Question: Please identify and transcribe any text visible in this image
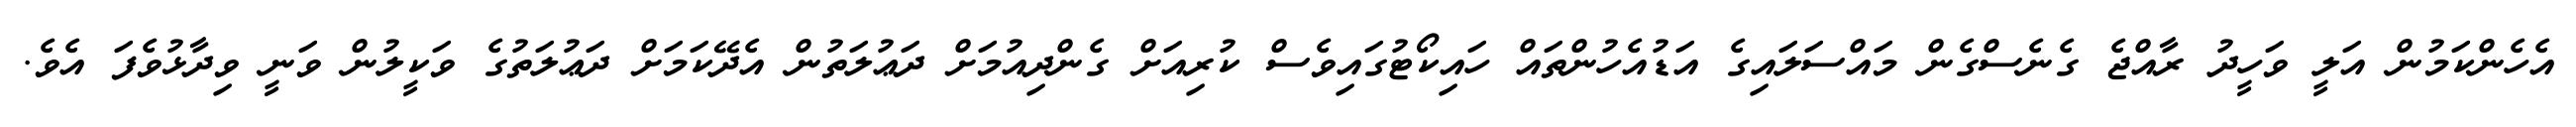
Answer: އެހެންކަމުން އަލީ ވަހީދު ރާއްޖެ ގެނެސްގެން މައްސަލައިގެ އަޑުއެހުންތައް ހައިކޯޓުގައިވެސް ކުރިއަށް ގެންދިއުމަށް ދަޢުލަތުން އެދޭކަމަށް ދަޢުލަތުގެ ވަކީލުން ވަނީ ވިދާޅުވެފަ އެވެ.